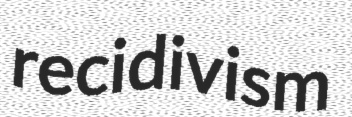
recidivism